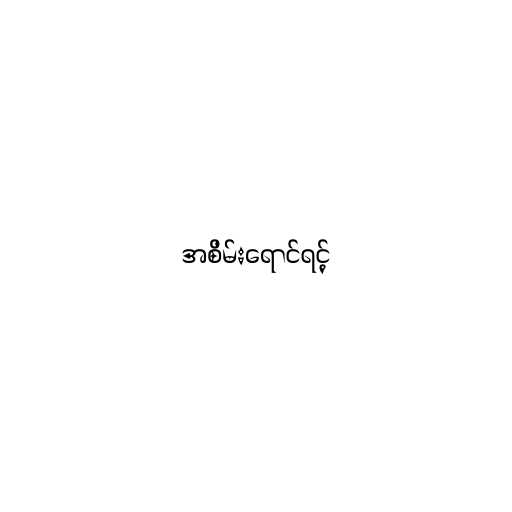
အစိမ်းရောင်ရင့်